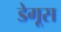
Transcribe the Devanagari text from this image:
डेगूस